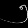
Digit: ၅